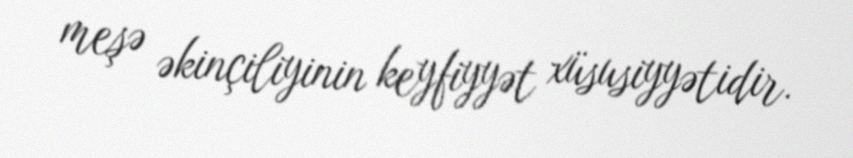
meşə əkinçiliyinin keyfiyyət xüsusiyyətidir.